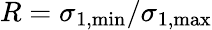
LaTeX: R=\sigma_{1,\mathrm{min}}/\sigma_{1,\mathrm{max}}